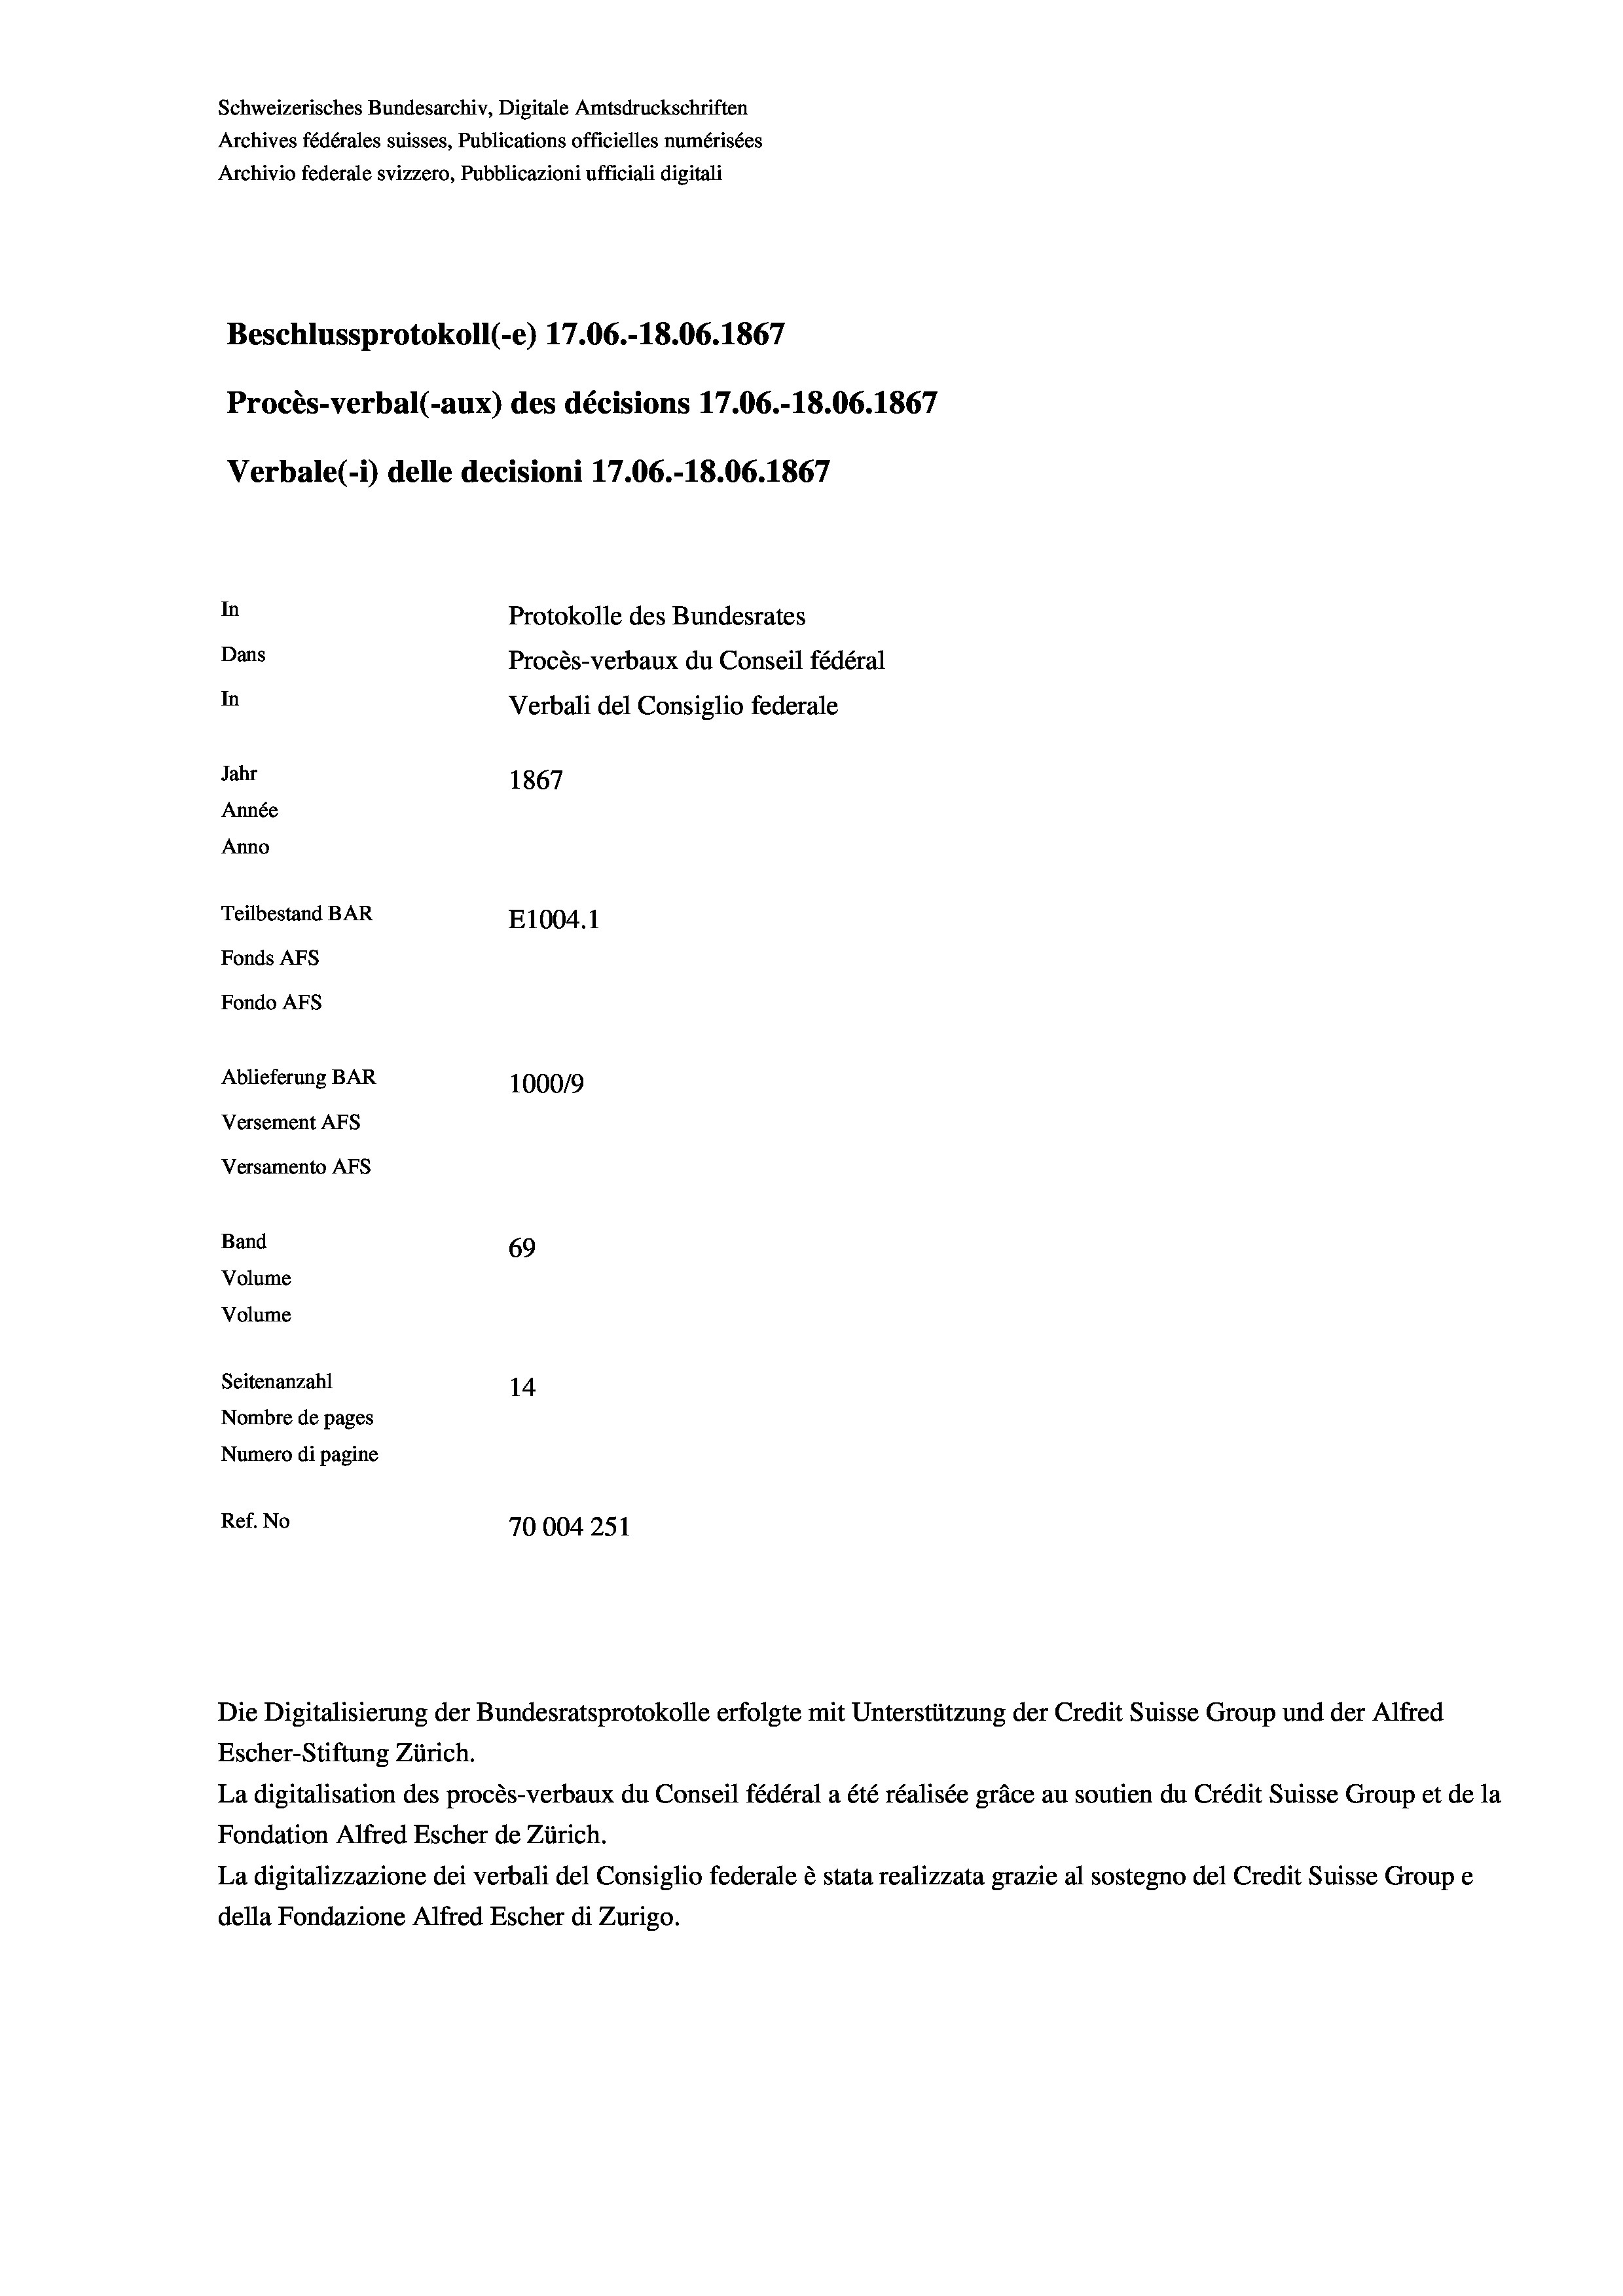
Schweizerisches Bundesarchiv, Digitale Amtsdruckschriften
Archives fédérales suisses, Publications officielles numérisées
Archivio federale svizzero, Pubblicazioni ufficiali digitali
Beschlussprotokoll (-e) 17.06.-18.06. 1867
Procès-verbal (-aux) des décisions 17.06.-18.06. 1867
Verbale(-*) delle decisioni 17.06.-18.06. 1867
In
Protokolle des Bundesrates
Dans
Procès-verbaux du Conseil fédéral
In
Verbali del Consiglio federale
Jahr
1867
Année
Anno
Teilbestand BAR
E1004.1
Fonds AFs
Fondo Afs
Ablieferung BAR
100019
Versement AFs
Versamento AFs
Band
69
Volume
Volume
Seitenanzahl
14
Nombre de pages
Numero di pagine
Ref. No
70004251

Escher-Stiftung Zürich.
La digitalisation des procès-verbaux du Conseil fédéral a été réalisée gräce au soutien du Crédit Suisse Group et de la
Fondation Alfred Escher de Zürich.
La digitalizzazione dei verbali del Consiglio federale è stata realizzata grazie al sostegno del Credit Suisse Groupe
della Fondazione Alfred Escher di Zurigo.

Die Digitalisierung der Bundesratsprotokolle erfolgte mit Unterstützung der Credit Suisse Group und der Alfred